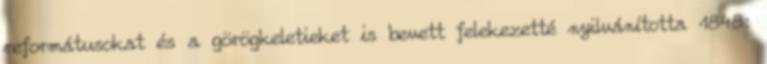
reformátusokat és a görögkeletieket is bevett felekezetté nyilvánította 1848: